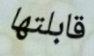
قابلتها